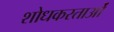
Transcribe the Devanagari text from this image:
शोधकरताओं